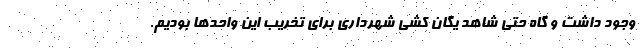
وجود داشت و گاه حتی شاهد یگان کشی شهرداری برای تخریب این واحدها بودیم.